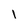
Character: I